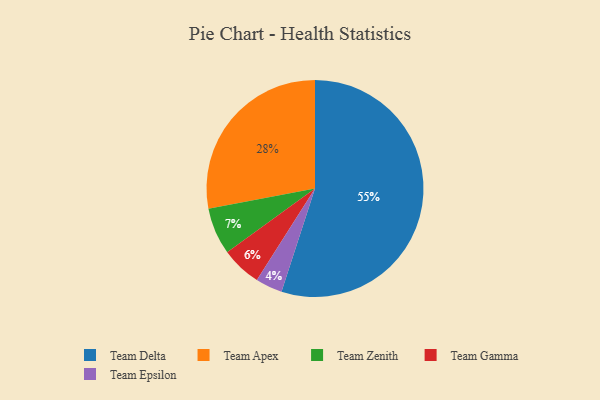
{"axis": {"x": "Category", "y": "Percentage"}, "legend": ["Team Apex", "Team Delta", "Team Epsilon", "Team Gamma", "Team Zenith"], "data": [{"x": "Team Delta", "y": 55, "type": "Team Delta"}, {"x": "Team Gamma", "y": 6, "type": "Team Gamma"}, {"x": "Team Zenith", "y": 7, "type": "Team Zenith"}, {"x": "Team Epsilon", "y": 4, "type": "Team Epsilon"}, {"x": "Team Apex", "y": 28, "type": "Team Apex"}]}